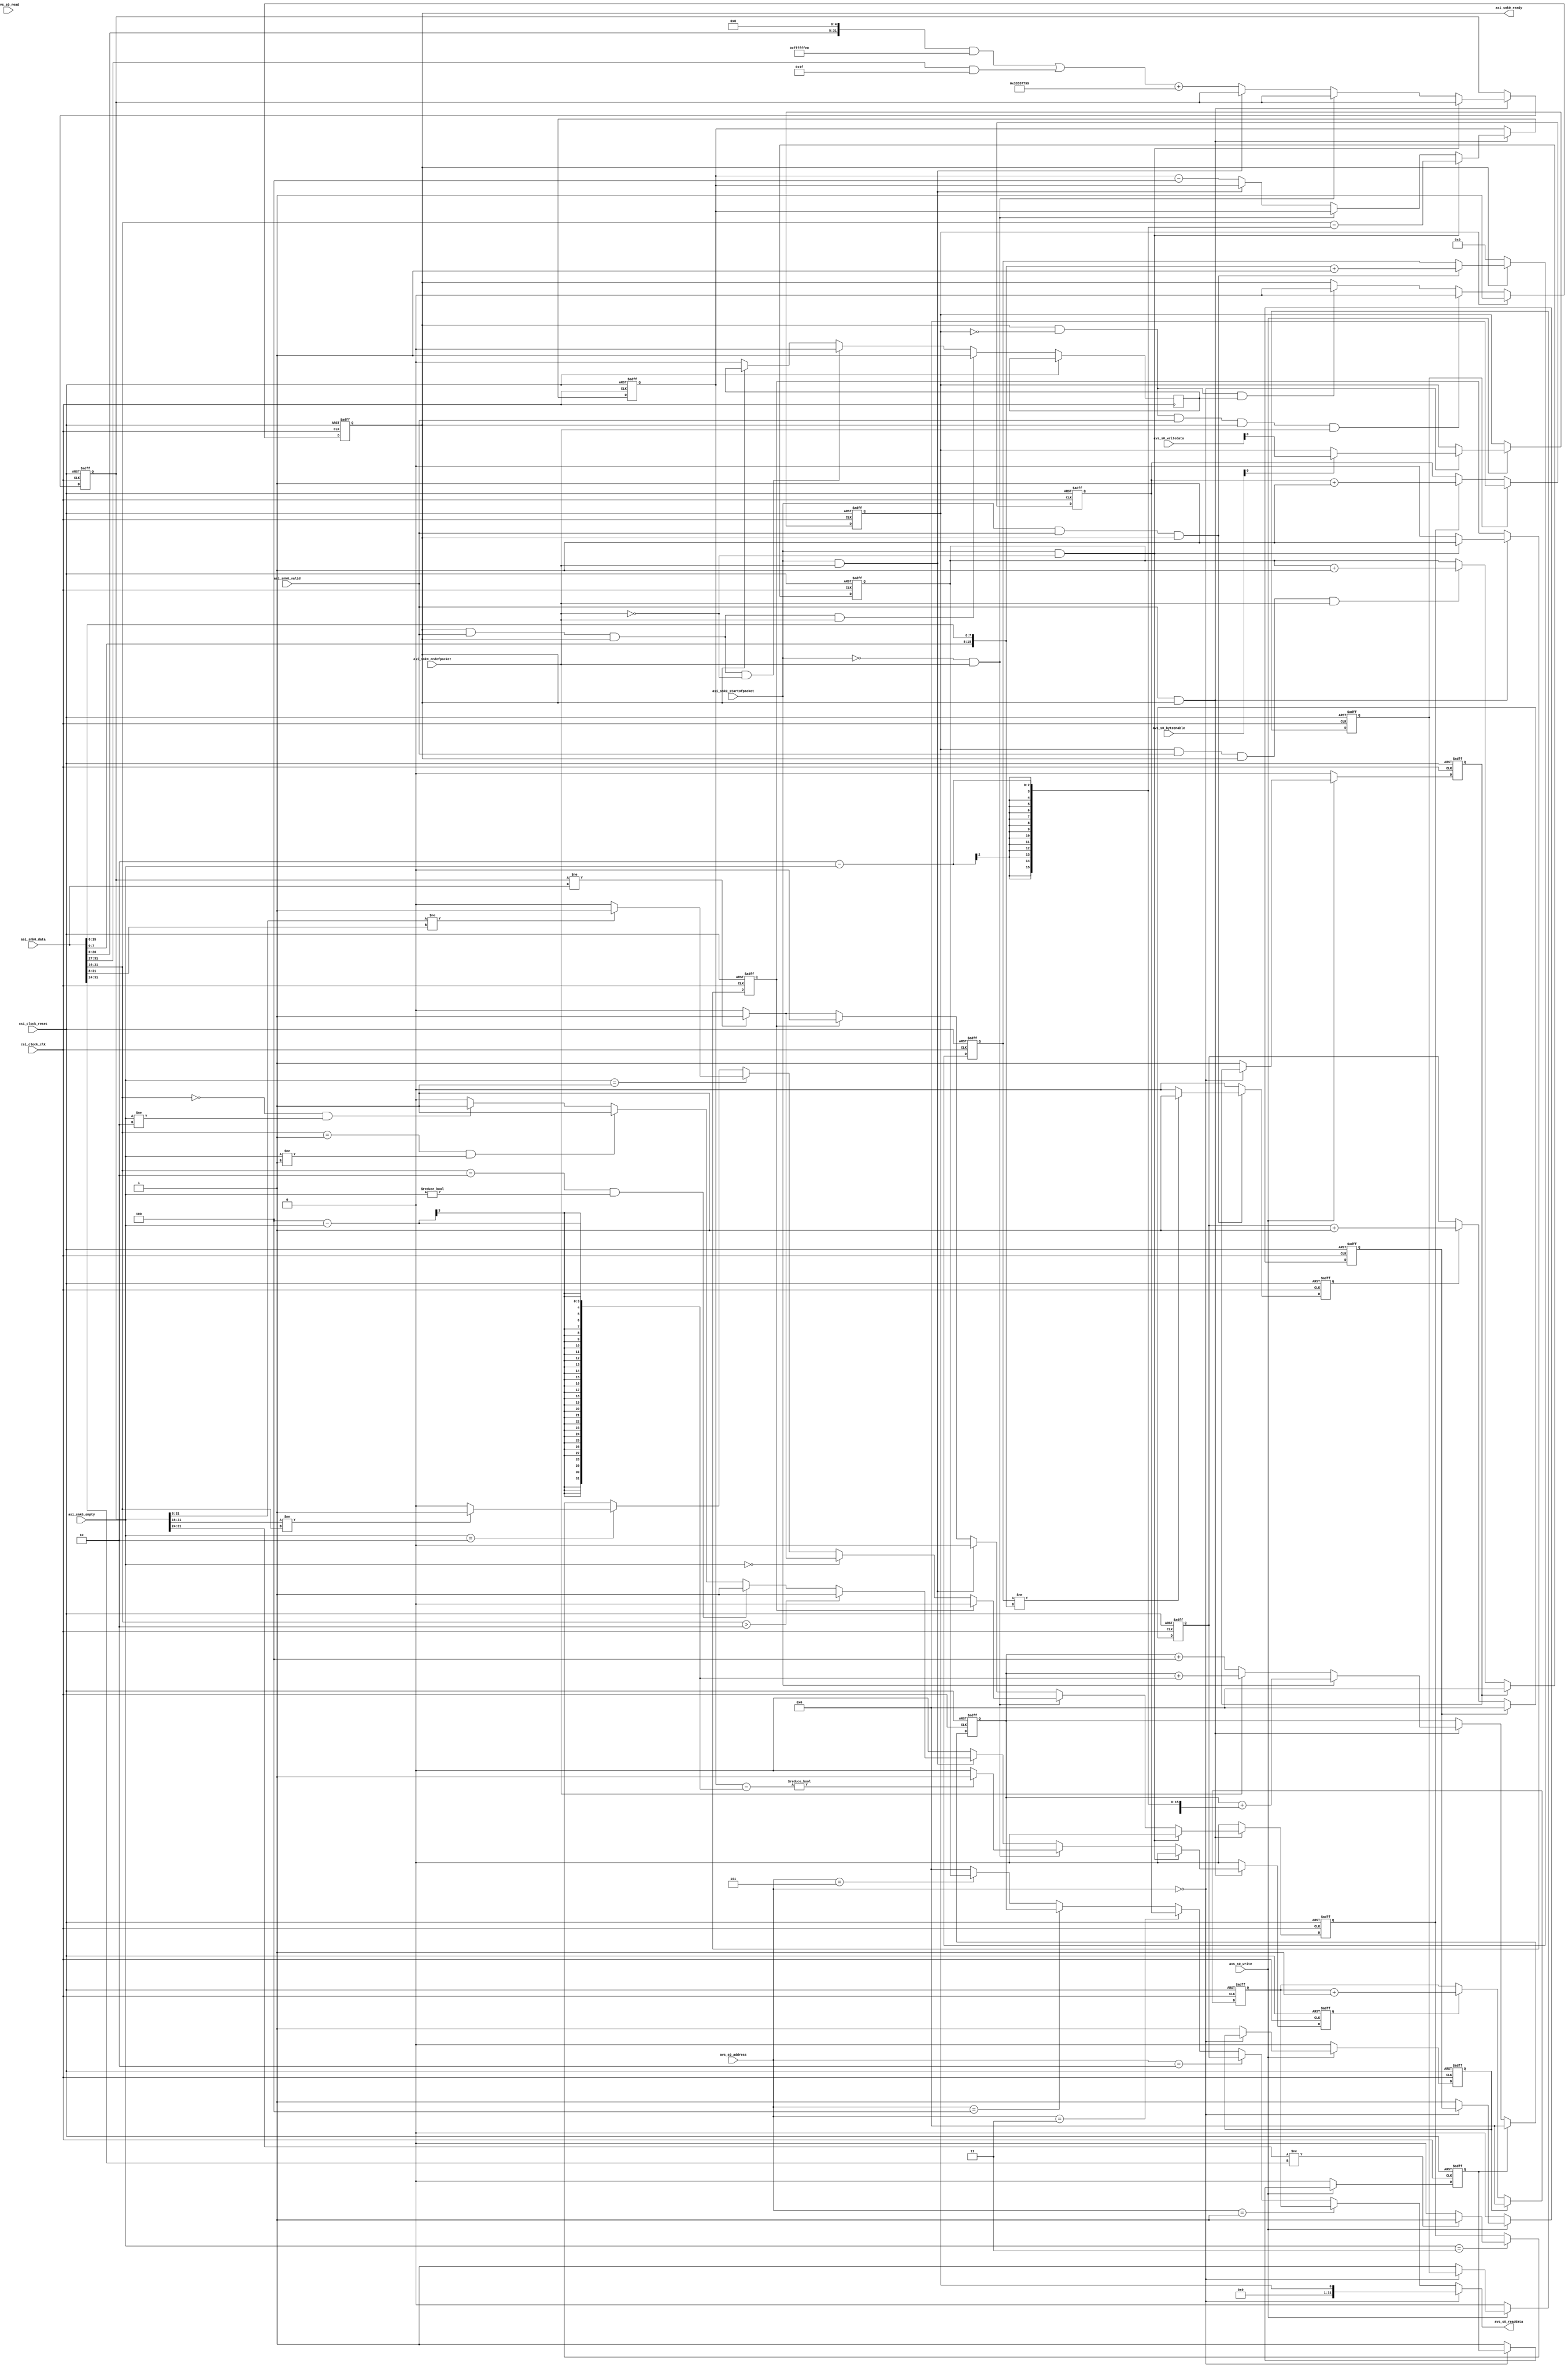
//
// prbs_packet_checker
//
// This component is designed to verify sequenced packets of variable length
// filled with pseudo random data.  The packets are received on an Avalon ST
// sink interface.  These packets are expected to be generated by the
// prbs_packet_generator on the transmitting end of the data path.
//
// The packets are verified with this format:
//
//  |-------------------------------------------------------|
//  |    PRBS Packet Length     |   Seq LSB   |   Seq MSB   |
//  |-------------------------------------------------------|
//  |             PRBS Data Word 0 (MSB first)              |
//  |-------------------------------------------------------|
//  |                                                       |
//  |                         . . .                         |
//  |                                                       |
//  |-------------------------------------------------------|
//  |             PRBS Data Word N (MSB first)              |
//  |-------------------------------------------------------|
//
//  PRBS Packet Length - is the length of the packet data not including this
//      length field.
//
//  Sequence Number - is the packet sequence number which begins at ZERO when
//      the peripheral is enabled and then incremented for each subsequent
//      packet.
//                  
//  Sequence LSB - is the least significant byte of the sequence number
//
//  Sequence MSB - is the most significant byte of the sequence number
//
//  PRBS Data Word - is the pseudo random data pattern that fills the packet.
//      When the peripheral receives a new packet, it extracts PRBS data word 0
//		and then proceeds to compute the expected PRBS pattern for each
//		subsequent PRBS word.  The PRBS data words are received most
//		significant byte first, and it is perfectly legal to receive partial
//		PRBS data words, depending on the packet length.  Packet lengths less
//		than three will contain no PRBS data at all, and only packets of length
//		7 or greater will contain enough PRBS data for verification by this
//		peripheral.
// 
//  ---------------------------------------------------------------------------
//  Packet Verification
//  ---------------------------------------------------------------------------
//	
//	Depending on the packet length there are three possible conditions that
//	this peripheral will verify.
//	
//	First, the packet length is always verified, since the length field must be
//	received as the first two bytes of the packet, the length is always
//	verified.  Length of ZERO up to 0xFFFF are allowed.  Packets with length of
//	ZERO will in fact be Avalon ST packets of length 2, for the length of the
//	two length bytes.  For all other packet lengths greater than ZERO, the
//	Avalon ST packet length is expected to be the length indicated by the
//	length field, plus two for the length field.
//	
//	Second, if the packet length is 1, then the LSB of the sequence number is
//	verified to align with our internal packet sequence count.  And if the
//	packet length is two or greater, then the entire 16-bit sequence number is
//	verified to align with our internal packet sequence count.
//	
//	Third, if the packet length is 7 or greater, then the PRBS data word 0 is
//	used to initialize the PRBS data verification logic and all subsequent full
//	or partial PRBS data words are verified to the extent possible.
//
//	Error counts for each of the three possible errors detected above are
//	accumulated in error count registers within this peripheral.
//	
//  ---------------------------------------------------------------------------
//  Register Map
//  ---------------------------------------------------------------------------
//  
//  The slave interface for the prbs_packet_checker is broken up into six
//  32-bit registers with the following layout:
//  
//  Register 0 - Status Register
//      Bit 0 - R/W - GO control and status bit.  Set this bit to 1 to enable
//                  the packet checker, and clear it to disable it.  Note that
//                  once cleared, the packet checker will stop at the end of
//					the current packet being received.  Care should be taken
//					not to stop it in mid packet reception.  Instead you should
//					stop the packet generation source first, allow all packets
//					to be received by the checker, and then stop the checker.
//      
//  Register 1 - Length Error Count
//      Bits [31:0] - R/WC - count of length errors detected since last clear.
//                  
//  Register 2 - Sequence Error Count
//      Bits [31:0] - R/WC - count of sequence errors detected since last clear.
//                  
//  Register 3 - Data Error Count
//      Bits [31:0] - R/WC - count of data errors detected since last clear.
//                  
//  Register 4 - Byte Count
//      Bits [31:0] - R/WC - count of payload bytes received since last clear.
//                  
//  Register 5 - Packet Count
//      Bits [31:0] - R/WC - count of packets received since last clear.
//                  
//  Note: writing to any one of the counter register bytes will clear all
//	counters simultaneously.
//
//  R - Readable
//  W - Writeable
//  WC - Clear on Write
//

module prbs_packet_checker
(

	// clock interface
	input 			csi_clock_clk,
	input 			csi_clock_reset,
	
	// slave interface
	input			avs_s0_write,
	input			avs_s0_read,
	input	[2:0]	avs_s0_address,
	input	[3:0]	avs_s0_byteenable,
	input	[31:0]	avs_s0_writedata,
	output	[31:0]	avs_s0_readdata,
	
	// sink interface
	input			asi_snk0_valid,
	output			asi_snk0_ready,
	input	[31:0]	asi_snk0_data,
	input	[1:0]	asi_snk0_empty,
	input			asi_snk0_startofpacket,
	input			asi_snk0_endofpacket
);

reg 			go_bit;
reg				running_bit;
reg		[15:0]	payload_prbs_byte_count;
reg		[15:0]	packet_sequence_number;
reg				packet_sequence_number_error;

reg		[31:0]	length_error_count;
reg		[31:0]	sequence_error_count;
reg		[31:0]	data_error_count;
reg		[31:0]	byte_count;
reg 	[31:0]	packet_count;

reg				clear_length_error_count;
reg				clear_sequence_error_count;
reg				clear_data_error_count;
reg				clear_byte_count;
reg 			clear_packet_count;

reg				length_error;
reg		[31:0]	next_value;
reg				saw_sop;
reg				data_error;
reg				allow_stop;

//
// sink control
//
// essentially, if we're enabled, we're ready.
//
assign asi_snk0_ready = running_bit;

//
// slave read mux
//
assign avs_s0_readdata =	(avs_s0_address == 3'h0) ?	({{31{1'b0}}, go_bit}) :
							(avs_s0_address == 3'h1) ?	(length_error_count) :
							(avs_s0_address == 3'h2) ?	(sequence_error_count) :
							(avs_s0_address == 3'h3) ?	(data_error_count) :
							(avs_s0_address == 3'h4) ?	(byte_count) :
							(avs_s0_address == 3'h5) ?	(packet_count) :
														(0);

//
// slave write demux
//
always @ (posedge csi_clock_clk or posedge csi_clock_reset)
begin
	if(csi_clock_reset)
	begin
		go_bit 						<= 0;
		clear_length_error_count	<= 0;
		clear_sequence_error_count	<= 0;
		clear_data_error_count		<= 0;
		clear_byte_count			<= 0;
		clear_packet_count			<= 0;
	end
	else
	begin
		if(avs_s0_write)
		begin
			if(avs_s0_address == 3'h0)
			begin
				if (avs_s0_byteenable[0] == 1'b1)
					go_bit	<= avs_s0_writedata[0];
			end
			else
			begin
				clear_length_error_count	<= 1;
				clear_sequence_error_count	<= 1;
				clear_data_error_count		<= 1;
				clear_byte_count			<= 1;
				clear_packet_count			<= 1;
			end
		end
		else
		begin
			clear_length_error_count	<= 0;
			clear_sequence_error_count	<= 0;
			clear_data_error_count		<= 0;
			clear_byte_count			<= 0;
			clear_packet_count			<= 0;
		end
	end
end

//
// running_bit state machine
//
// this state machine starts the checker immediately when go_bit is asserted
// but it only allows it to stop at the end of a packet.
//
always @ (posedge csi_clock_clk or posedge csi_clock_reset)
begin
	if(csi_clock_reset)
	begin
		running_bit <= 0;
	end
	else
	begin
		if(go_bit)
		begin
			running_bit <= 1;
		end
		else if(running_bit & !go_bit & asi_snk0_valid & asi_snk0_ready & asi_snk0_endofpacket)
		begin
			running_bit	<= 0;
		end
		else if(running_bit & !go_bit & allow_stop)
		begin
			running_bit	<= 0;
		end
		
		if(running_bit & asi_snk0_valid & asi_snk0_ready & asi_snk0_endofpacket)
		begin
			allow_stop <= 1'b1;
		end
		else if(running_bit & asi_snk0_valid & asi_snk0_ready & !asi_snk0_endofpacket)
		begin
			allow_stop <= 1'b0;
		end
		else if(!running_bit)
		begin
			allow_stop <= 1'b0;
		end

	end
end

//
// packet_sequence_number state machine
//
// start the sequence number at ZERO and increment it for each subsequent packet
//
always @ (posedge csi_clock_clk or posedge csi_clock_reset)
begin
	if(csi_clock_reset)
	begin
		packet_sequence_number			<= 0;
		packet_sequence_number_error	<= 0;
	end
	else
	begin
		if(!running_bit)
		begin
			packet_sequence_number	<= 0;
		end
		else if(asi_snk0_startofpacket && asi_snk0_valid && asi_snk0_ready)
		begin
			packet_sequence_number	<= ({asi_snk0_data[7:0], asi_snk0_data[15:8]}) + 1;
		end
		
		if(asi_snk0_startofpacket && asi_snk0_valid && asi_snk0_ready)
		begin
			packet_sequence_number_error <= (packet_sequence_number != ({asi_snk0_data[7:0], asi_snk0_data[15:8]})) ? (1'b1) : (1'b0);
		end
		else
		begin
			packet_sequence_number_error <= (1'b0);
		end
	end
end

//
// byte_count state machine
//
// this keeps a count of the bytes received in the current packet
//
always @ (posedge csi_clock_clk or posedge csi_clock_reset)
begin
	if(csi_clock_reset)
	begin
		byte_count	<= 0;
	end
	else if(clear_byte_count)
	begin
		byte_count	<= 0;
	end
	else if(asi_snk0_valid && asi_snk0_ready)
	begin
		if(asi_snk0_startofpacket)
		begin
			byte_count	<= byte_count + (2 - asi_snk0_empty);
		end
		else if(asi_snk0_endofpacket)
		begin
			byte_count	<= byte_count + (4 - asi_snk0_empty);
		end
		else
		begin
			byte_count	<= byte_count + (4);
		end
	end
end

//
// length error detection state machine
//
always @ (posedge csi_clock_clk or posedge csi_clock_reset)
begin
	if(csi_clock_reset)
	begin
		payload_prbs_byte_count	<= 0;
		length_error	<= 1'b0;
	end
	else if(asi_snk0_valid && asi_snk0_ready)
	begin
		if(asi_snk0_startofpacket && !asi_snk0_endofpacket)
		begin
			payload_prbs_byte_count	<= (asi_snk0_data[31:16]) - (2 - asi_snk0_empty);
			length_error	<= 1'b0;
		end
		else if(!asi_snk0_startofpacket && asi_snk0_endofpacket)
		begin
			length_error	<= ((payload_prbs_byte_count - (4 - asi_snk0_empty)) != 0) ? (1'b1) : (1'b0);
		end
		else if(asi_snk0_startofpacket && asi_snk0_endofpacket)
		begin
			length_error	<=	((asi_snk0_data[31:16]) > 2) ? (1'b1) : 
								(((asi_snk0_data[31:16]) == 2) && (asi_snk0_empty != 0)) ? (1'b1) : 
								(((asi_snk0_data[31:16]) == 1) && (asi_snk0_empty != 1)) ? (1'b1) : 
								(((asi_snk0_data[31:16]) == 0) && (asi_snk0_empty != 2)) ? (1'b1) : 
								(1'b0);
		end
		else
		begin
			payload_prbs_byte_count	<= payload_prbs_byte_count - 4;
			length_error	<= 1'b0;
		end
	end
	else
	begin
		length_error	<= 1'b0;
	end
end

//
// data error detection state machine
//
always @ (posedge csi_clock_clk or posedge csi_clock_reset)
begin
	if(csi_clock_reset)
	begin
		data_error	<= 1'b0;
		saw_sop		<= 1'b0;
		next_value	<= 0;
	end
	else if(asi_snk0_valid && asi_snk0_ready)
	begin
		if(asi_snk0_startofpacket && !asi_snk0_endofpacket)
		begin
			saw_sop		<= 1'b1;
			data_error	<= 1'b0;
		end
		else if(!asi_snk0_startofpacket && asi_snk0_endofpacket)
		begin
			saw_sop		<= 1'b0;

			if(saw_sop)
			begin
				data_error	<= 1'b0;
			end
			else
			begin
				if(asi_snk0_empty == 2'h0)
					data_error	<= (next_value != asi_snk0_data) ? (1'b1) : (1'b0);
				else if(asi_snk0_empty == 2'h1)
					data_error	<= (next_value[31:8] != asi_snk0_data[31:8]) ? (1'b1) : (1'b0);
				else if(asi_snk0_empty == 2'h2)
					data_error	<= (next_value[31:16] != asi_snk0_data[31:16]) ? (1'b1) : (1'b0);
				else if(asi_snk0_empty == 2'h3)
					data_error	<= (next_value[31:24] != asi_snk0_data[31:24]) ? (1'b1) : (1'b0);
			end
		end
		else if(asi_snk0_startofpacket && asi_snk0_endofpacket)
		begin
			saw_sop		<= 1'b0;
			data_error	<= 1'b0;
		end
		else
		begin
			saw_sop		<= 1'b0;
			
			if(saw_sop)
			begin
				next_value <= ((((asi_snk0_data << 5) & 32'hFFFFFFE0) | ((asi_snk0_data >> 27) & 32'h0000001F)) + 32'h33557799);
				data_error	<= 1'b0;
			end
			else
			begin
				next_value <= ((((asi_snk0_data << 5) & 32'hFFFFFFE0) | ((asi_snk0_data >> 27) & 32'h0000001F)) + 32'h33557799);
				data_error	<= (next_value != asi_snk0_data) ? (1'b1) : (1'b0);
			end
		end
	end
	else
	begin
		data_error	<= 1'b0;
	end
end

//
// simple counter state machine
//
// this state machine simply manages the counters
//
always @ (posedge csi_clock_clk or posedge csi_clock_reset)
begin
	if(csi_clock_reset)
	begin
		packet_count			<= 0;
		sequence_error_count	<= 0;
		length_error_count		<= 0;
		data_error_count		<= 0;
	end
	else
	begin
		// packet_count
		if(clear_packet_count)
		begin
			packet_count <= 0;
		end
		else if(go_bit & asi_snk0_valid & asi_snk0_ready & asi_snk0_endofpacket)
		begin
			packet_count <= packet_count + 1;
		end

		// sequence_error_count
		if(clear_sequence_error_count)
		begin
			sequence_error_count <= 0;
		end
		else if(packet_sequence_number_error)
		begin
			sequence_error_count <= sequence_error_count + 1;
		end

		// length_error_count
		if(clear_length_error_count)
		begin
			length_error_count <= 0;
		end
		else if(length_error)
		begin
			length_error_count <= length_error_count + 1;
		end

		// data_error_count
		if(clear_data_error_count)
		begin
			data_error_count <= 0;
		end
		else if(data_error)
		begin
			data_error_count <= data_error_count + 1;
		end
	end
end

endmodule